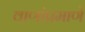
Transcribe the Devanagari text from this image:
वाणांप्रमाणे